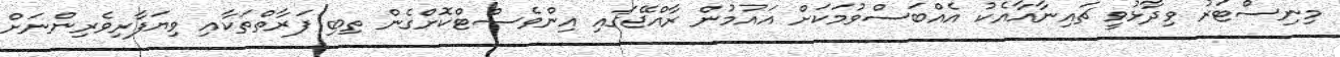
މިނިސްޓަރު ވިދާޅުވީ ޗައިނާއާއެކު އެއްބަސްވުމަކަށް އައުމުން ރާއްޖޭގައި އިންވެސްޓްކޮށްގެން ތިބި ފަރާތްތަކާއި ވިޔަފާރިވެރިންނަށް